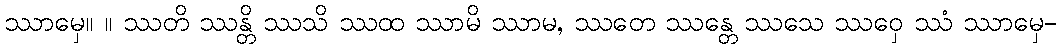
ဿာမှေ။ ။ ဿတိ ဿန္တိ ဿသိ ဿထ ဿာမိ ဿာမ, ဿတေ ဿန္တေ ဿသေ ဿဝှေ ဿံ ဿာမှေ-